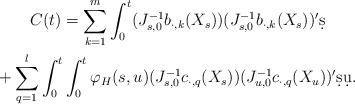
LaTeX: \begin{gather*} C(t)=\sum_{k=1}^m \int_0^t(J_{s,0}^{-1} b_{\cdot,k}(X_s))(J_{s,0}^{-1}b_{\cdot,k}(X_s))'\d s\\+ \sum_{q=1}^l \int_0^t\int_0^t \varphi_H(s,u)(J_{s,0}^{-1}c_{\cdot,q}(X_s))(J_{u,0}^{-1}c_{\cdot,q}(X_u))'\d s\d u.\end{gather*}